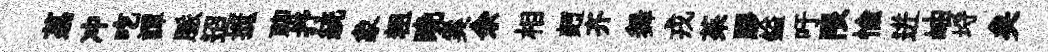
荔冲吃譚脈迢摭聊抒統象粗晩奚余相麪齐舞戎茱膠鎰吁限愉迸岫埓矣